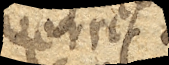
verres